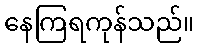
နေကြရကုန်သည်။